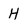
Character: h